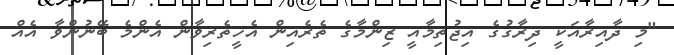
"މި ދާއިރާއަކީ ދިރާގުގެ އިޖުތިމާއީ ޒިންމާގެ ތެރެއިން އެހީތެރިވާން އެންމެ ބޭނުންވާ އެއް